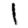
Digit: 1